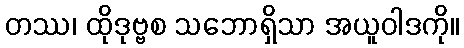
တဿ၊ ထိုဒုဗ္ဗစ သဘောရှိသာ အယူဝါဒကို။